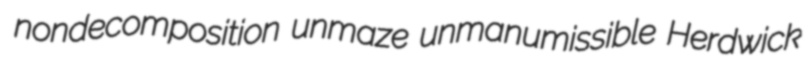
nondecomposition unmaze unmanumissible Herdwick